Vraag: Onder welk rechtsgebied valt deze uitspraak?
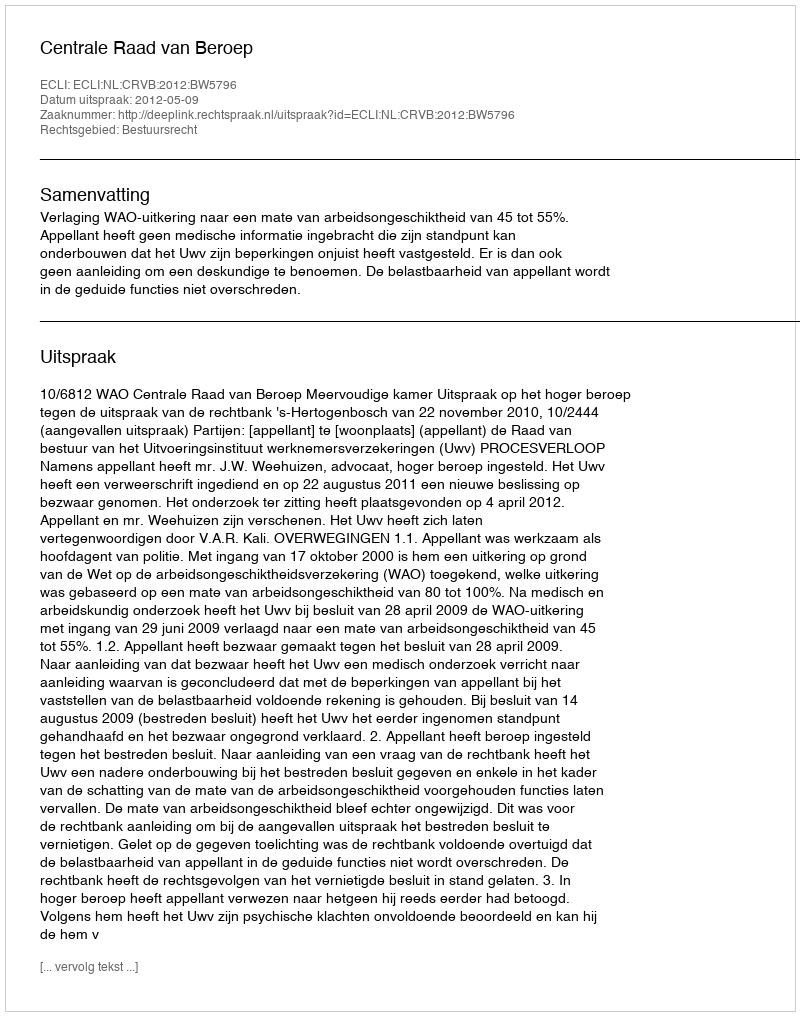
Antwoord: Bestuursrecht